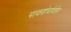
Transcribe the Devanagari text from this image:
पावणेचोवीस